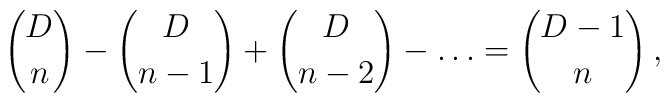
{D\choose n} - {D \choose n-1} + {D \choose n-2} - \ldots = {D-1\choose  n}\,,